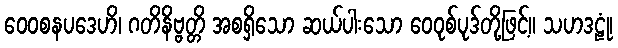
ဝေဝစနပဒေဟိ၊ ဂတိနိဗ္ဗတ္တိ အစရှိသော ဆယ်ပါးသော ဝေဝုစ်ပုဒ်တို့ဖြင့်။ သဟဒဠုံ၊